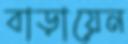
বাড়ায়েন